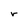
Character: r